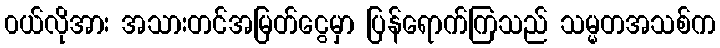
၀ယ်လိုအား အသားတင်အမြတ်ငွေမှာ ပြန်ရောက်ကြသည် သမ္မတအသစ်က